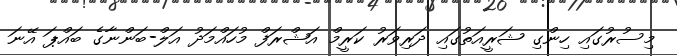
މިސުރުގައި ހިންގި ޝަރީއަތުގައި ދަރިވަރު ކަރީމް އަޝްރަފް މުހައްމަދު އަލް-ބަންނާގެ ބައްޕަ އޭނަ